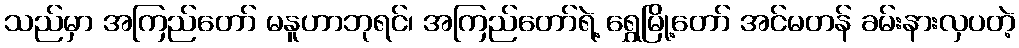
သည်မှာ အကြည်တော် မနူဟာဘုရင်၊ အကြည်တော်ရဲ့ ရွှေမြို့တော် အင်မတန် ခမ်းနားလှပတဲ့